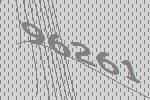
96261